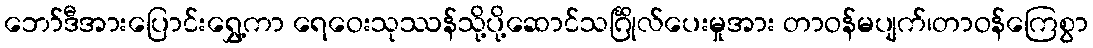
ဘော်ဒီအားပြောင်းရွှေ့ကာ ရေဝေးသုဿန်သို့ပို့ဆောင်သင်္ဂြိုလ်ပေးမှုအား တာဝန်မပျက်၊တာဝန်ကြေစွာ